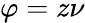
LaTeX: \varphi=z\nu